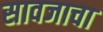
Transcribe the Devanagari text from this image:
सावजाचा